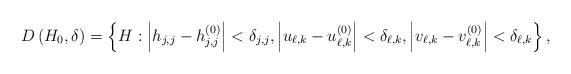
LaTeX: \begin{align*}D\left(H_0,\delta\right)=\left\{H:\left|h_{j,j}-h_{j,j}^{(0)}\right|<\delta_{j,j},\left|u_{\ell,k}-u_{\ell,k}^{(0)}\right|<\delta_{\ell,k},\left|v_{\ell,k}-v_{\ell,k}^{(0)}\right|<\delta_{\ell,k}\right\},\end{align*}